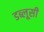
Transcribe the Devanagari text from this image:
डब्लूसी